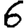
Digit: 6